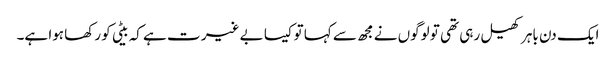
ایک دن باہر کھیل رہی تھی تو لوگوں نے مجھ سے کہا توکیسا بے غیر ت ہے کہ بیٹی کو رکھا ہوا ہے۔